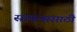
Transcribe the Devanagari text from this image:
सायन्ससाठी